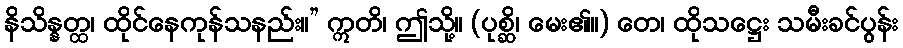
နိသိန္နတ္ထ၊ ထိုင်နေကုန်သနည်း။” ဣတိ၊ ဤသို့။ (ပုစ္ဆိ၊ မေး၏။) တေ၊ ထိုသဋ္ဌေး သမီးခင်ပွန်း